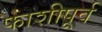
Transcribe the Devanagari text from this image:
फाशीपूर्व